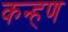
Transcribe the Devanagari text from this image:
कन्हण